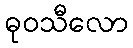
ဓုဝသီလော